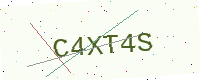
Text: C4XT4S